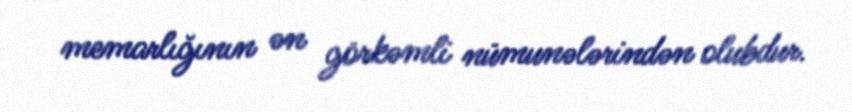
memarlığının ən görkəmli nümunələrindən olubdur.